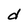
Character: d